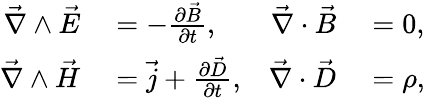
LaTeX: \begin{array}{rlrl}{\vec{\nabla}\wedge\vec{E}}&{{}=-\frac{\partial\vec{B}}{\partial t},}&{\vec{\nabla}\cdot\vec{B}}&{{}=0,}\\ {\vec{\nabla}\wedge\vec{H}}&{{}=\vec{j}+\frac{\partial\vec{D}}{\partial t},}&{\vec{\nabla}\cdot\vec{D}}&{{}=\rho,}\end{array}